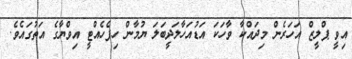
އިވީ ޕްލީޒް އަހަރެން މިދައްކާ ވާހަކަ އަޑުއަހާލަދީބަލަ ޔުމާން ހިފެހެއްޓީ އިވްޔާގެ އަތުގައެވެ.